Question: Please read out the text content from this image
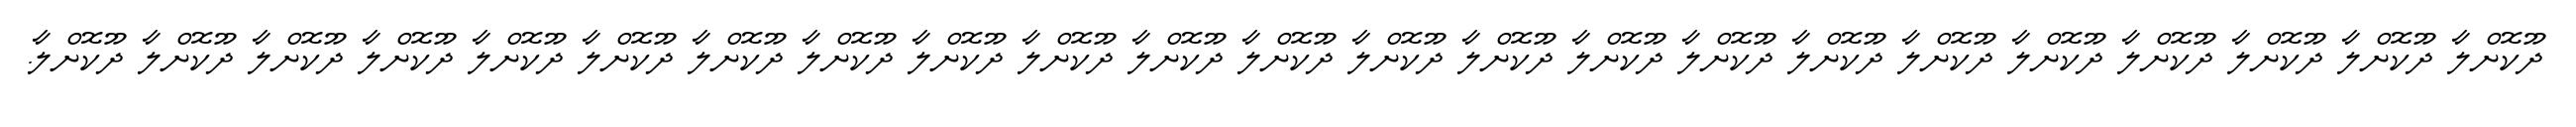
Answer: ދޫކޮށްލާ ދޫކޮށްލާ ދޫކޮށްލާ ދޫކޮށްލާ ދޫކޮށްލާ ދޫކޮށްލާ ދޫކޮށްލާ ދޫކޮށްލާ ދޫކޮށްލާ ދޫކޮށްލާ ދޫކޮށްލާ ދޫކޮށްލާ ދޫކޮށްލާ ދޫކޮށްލާ ދޫކޮށްލާ ދޫކޮށްލާ ދޫކޮށްލާ ދޫކޮށްލާ ދޫކޮށްލާ ދޫކޮށްލާ ދޫކޮށްލާ ދޫކޮށްލާ ދޫކޮށްލާ.